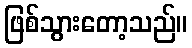
ဖြစ်သွားတော့သည်။